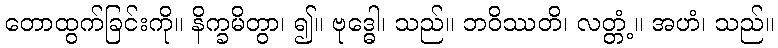
တောထွက်ခြင်းကို။ နိက္ခမိတွာ၊ ၍။ ဗုဒ္ဓေါ၊ သည်။ ဘဝိဿတိ၊ လတ္တံ့။ အဟံ၊ သည်။